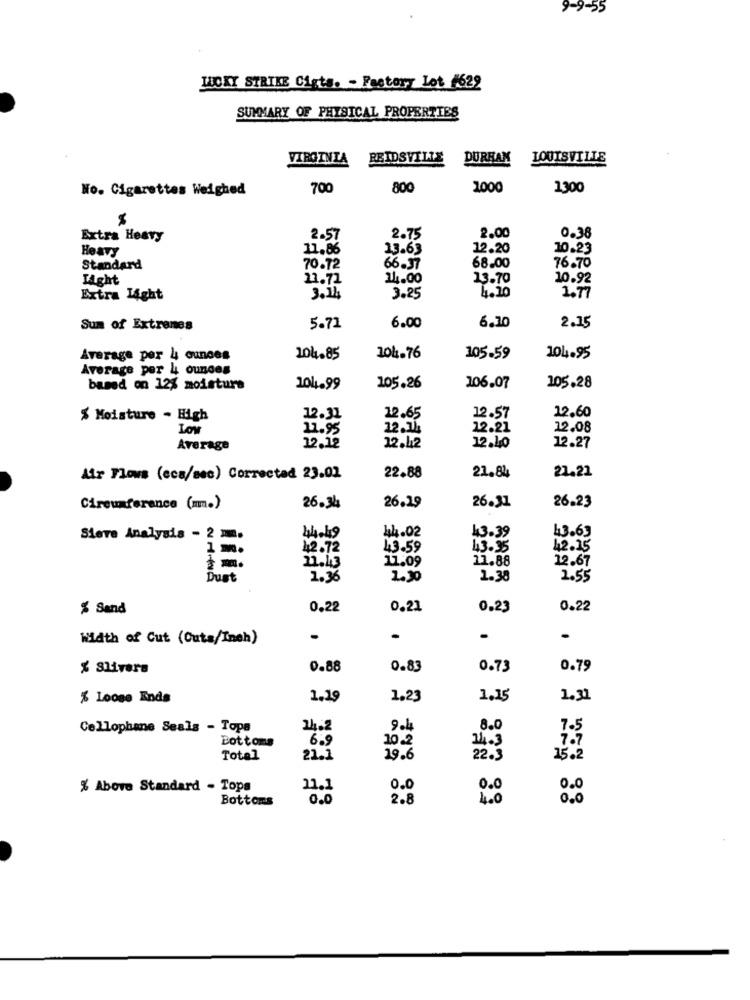
9-9-55
LUCKY STRIKE Cists. - Factory Lot 1629
SUMMARY OF PHYSICAL PROPERTIES
VIRGINIA
REIDSVILLE
DURHAM
LOUISVILLE
No. Cigarettes Weighed
700
800
1000
1300
$
2.00
Extra Heavy
2-57
2.75
0.38
Heavy
11.86
13.63
12.20
10.23
68.00
76.70
Standard
70.72
66.37
Light
11.72
14.00
13.70
10.92
Extra Light
3.14
3.25
4.10
1.77
Sum of Extrames
5.71
6.00
6.10
2.15
Average per 4 ounces
104.85
104.76
105.59
104.95
Average per 4 ounces
based on 12% moisture
104.99
105.26
106.07
105.28
12.60
% Moisture - High
12.31
12.65
12.57
LOW
11.95
12.11
22.21
12.08
12.12
Average
12.42
12.10
12.27
21.22
Air Flows (cca/sec) Correctad 23.01
22.88
21.84
Circumference (mm.)
26.34
26.29
26.31
26.23
44.02
13.39
Sieve Analysis - 2 mm
44.49
43.63
42.72
43.59
43.35
12.15
21.43
11.09
11.88
12.67
Dust
1.36
1.30
1.38
2.55
$ Sand
0.22
0.21
0.23
0.22
Width of Cut (Cuta/Inch)
.
% Slivers
0.88
0.83
0.73
0.79
% Loose Ends
1.19
1,23
1.15
1.31
Cellophane Seals - Tops
24.2
9.4
8.0
Bottoms
6.9
10.2
14.3
Total
21.1
19.6
22.3
15.2
% Above Standard - Tops
11.1
0.0
0.0
0.0
Bottoms
0.0
2.8
4.0
0.0